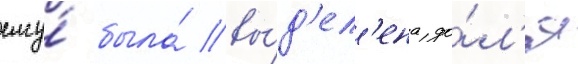
ему́ была́ вы́д'ел'ена до́л'я